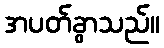
အပတ်ခွာသည်။